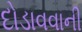
દોડાવવાની